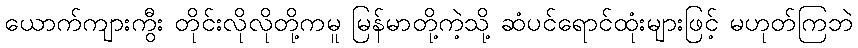
ယောက်ကျားကွီး တိုင်းလိုလိုတို့ကမူ မြန်မာတို့ကဲ့သို့ ဆံပင်ရောင်ထုံးများဖြင့် မဟုတ်ကြဘဲ